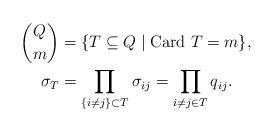
LaTeX: \begin{align*}Q \choose m &= \{ T\subseteq Q \mid \textrm{Card}~T = m\},\\\sigma_T &= \prod_{\{i\ne j \}\subset T} \sigma_{ij} = \prod_{i\ne j \in T} q_{ij}.\end{align*}